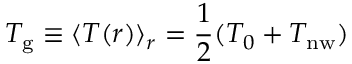
T _ { \mathrm { g } } \equiv \langle T ( r ) \rangle _ { r } = \frac { 1 } { 2 } ( T _ { 0 } + T _ { \mathrm { n w } } )